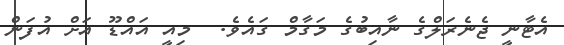
އެޓާނީ ޖެނެރަލްގެ ނާއިބުގެ މަގާމް ގައެވެ.  މިއީ އައްޑޫ އަށް އުފަން